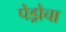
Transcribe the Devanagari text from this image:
पेड्रोचा